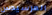
المرسيدس